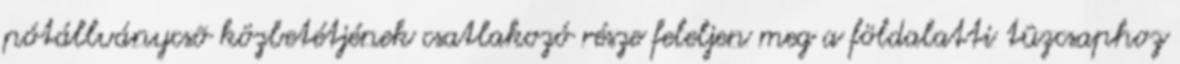
pótállványcsõ közbetétjének csatlakozó része feleljen meg a földalatti tûzcsaphoz